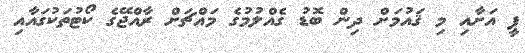
ޕީ އަށާއި މި ޤައުމަށް ދިން ބޮޑު ގެއްލުމުގެ މައްޗަށް ރާއްޖޭގެ ކޯޓުތަކުގައާއި